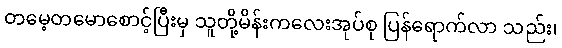
တမေ့တမောစောင့်ပြီးမှ သူတို့မိန်းကလေးအုပ်စု ပြန်ရောက်လာ သည်း၊